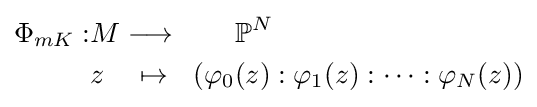
{\begin{aligned}\Phi _{mK}:&M\longrightarrow \ \ \ \ \ \ \mathbb {P} ^{N}\\&z\ \ \ \mapsto \ \ (\varphi _{0}(z):\varphi _{1}(z):\cdots :\varphi _{N}(z))\end{aligned}}